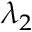
\lambda _ { 2 }